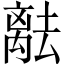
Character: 𬓞